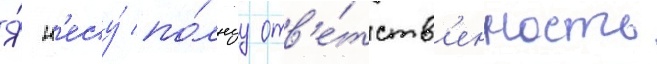
Я́ н'есу́ по́лнуу отв'е́тств'енность